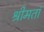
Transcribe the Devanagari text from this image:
श्रीमतां